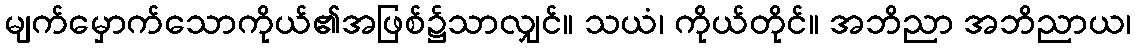
မျက်မှောက်သောကိုယ်၏အဖြစ်၌သာလျှင်။ သယံ၊ ကိုယ်တိုင်။ အဘိညာ အဘိညာယ၊